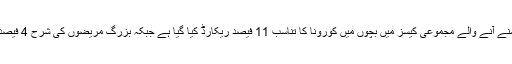
مملکت میں سامنے آنے والے مجموعی کیسز میں بچوں میں کورونا کا تناسب 11 فیصد ریکارڈ کیا گیا ہے جبکہ بزرگ مریضوں کی شرح 4 فیصد بتائی گئی ہے۔